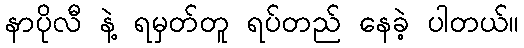
နာပိုလီ နဲ့ ရမှတ်တူ ရပ်တည် နေခဲ့ ပါတယ်။